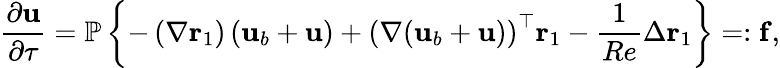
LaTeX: \frac{\partial\mathbf{u}}{\partial\tau}=\mathbb{P}\left\{ -\left(\nabla\mathbf{r}_{1}\right)\left(\mathbf{u}_{b}+\mathbf{u}\right)+\left(\nabla(\mathbf{u}_{b}+\mathbf{u})\right)^{\top}\mathbf{r}_{1}-\frac{1}{Re}\Delta\mathbf{r}_{1}\right\} =:\mathbf{f},